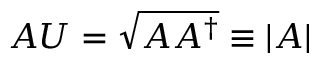
A U = { \sqrt { A A ^ { \dagger } } } \equiv | A |